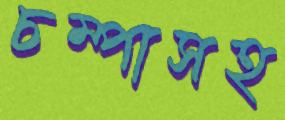
চম্পাসহ